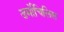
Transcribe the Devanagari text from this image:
डर्मोचिलिस